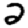
Digit: 2